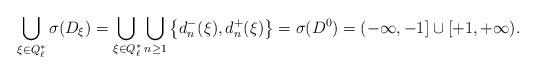
LaTeX: \begin{align*}\bigcup_{\xi\in Q_\ell^*}\sigma(D_\xi)=\adjustlimits\bigcup_{\xi\in Q_\ell^*}\bigcup_{n\geq 1}\left\{d^-_n(\xi),d^+_n(\xi)\right\}=\sigma(D^0)=(-\infty,-1]\cup[+1,+\infty).\end{align*}